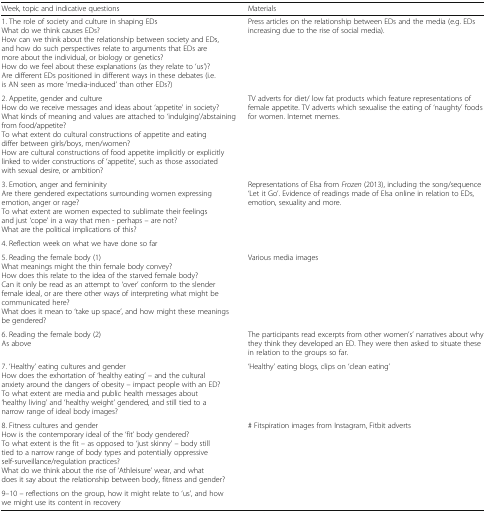
| Week, topic and indicative questions | Materials |
 | --- | --- |
 | 1. The role of society and culture in shaping EDsWhat do we think causes EDs?How can we think about the relationship between society and EDs, and how do such perspectives relate to arguments that EDs are more about the individual, or biology or genetics?How do we feel about these explanations (as they relate to ‘us’)?Are different EDs positioned in different ways in these debates (i.e. is AN seen as more ‘media-induced’ than other EDs?) | Press articles on the relationship between EDs and the media (e.g. EDs increasing due to the rise of social media). |
 | 2. Appetite, gender and cultureHow do we receive messages and ideas about ‘appetite’ in society?What kinds of meaning and values are attached to ‘indulging’/abstaining from food/appetite?To what extent do cultural constructions of appetite and eating differ between girls/boys, men/women?How are cultural constructions of food appetite implicitly or explicitly linked to wider constructions of ‘appetite’, such as those associated with sexual desire, or ambition? | TV adverts for diet/ low fat products which feature representations of female appetite. TV adverts which sexualise the eating of ‘naughty’ foods for women. Internet memes. |
 | 3. Emotion, anger and femininityAre there gendered expectations surrounding women expressing emotion, anger or rage?To what extent are women expected to sublimate their feelings and just ‘cope’ in a way that men - perhaps – are not?What are the political implications of this? | Representations of Elsa from Frozen (2013), including the song/sequence ‘Let it Go’. Evidence of readings made of Elsa online in relation to EDs, emotion, sexuality and more. |
 | 4. Reflection week on what we have done so far |  |
 | 5. Reading the female body (1)What meanings might the thin female body convey?How does this relate to the idea of the starved female body?Can it only be read as an attempt to ‘over’ conform to the slender female ideal, or are there other ways of interpreting what might be communicated here?What does it mean to ‘take up space’, and how might these meanings be gendered? | Various media images |
 | 6. Reading the female body (2)As above | The participants read excerpts from other women’s’ narratives about why they think they developed an ED. They were then asked to situate these in relation to the groups so far. |
 | 7. ‘Healthy’ eating cultures and genderHow does the exhortation of ‘healthy eating’ – and the cultural anxiety around the dangers of obesity – impact people with an ED?To what extent are media and public health messages about ‘healthy living’ and ‘healthy weight’ gendered, and still tied to a narrow range of ideal body images? | ‘Healthy’ eating blogs, clips on ‘clean eating’ |
 | 8. Fitness cultures and genderHow is the contemporary ideal of the ‘fit’ body gendered?To what extent is the fit – as opposed to ‘just skinny’ – body still tied to a narrow range of body types and potentially oppressive self-surveillance/regulation practices?What do we think about the rise of ‘Athleisure’ wear, and what does it say about the relationship between body, fitness and gender? | # Fitspiration images from Instagram, Fitbit adverts |
 | 9–10 – reflections on the group, how it might relate to ‘us’, and how we might use its content in recovery |  |